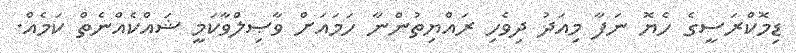
ޑިމޮކްރަސީގެ ހެޔޮ ނަފާ މިއަދު ދިވެހި ރައްޔިތުންނާ ހަމައަށް ވާޞިލްވާކަމީ ޝައްކެއްނެތް ކަމެއް.